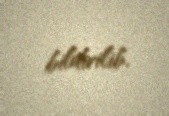
bildirilib.